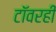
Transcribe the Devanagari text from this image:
टॉवरही